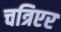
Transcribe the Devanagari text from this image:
चत्रिएर